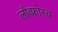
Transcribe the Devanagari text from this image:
लौब्फ्रोस्च